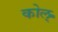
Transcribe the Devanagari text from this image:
कोल्